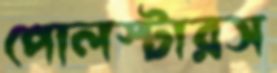
পোলস্টারস